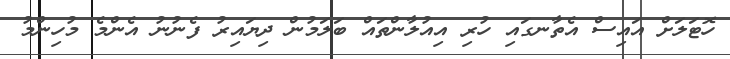
ހޮޓަލަށް އައިސް އެތާނގައި ހުރި އިއުލާންތައް ބަލަމުން ދިޔައިރު ފެނުނު އެންމެ މުހިންމު